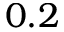
0 . 2